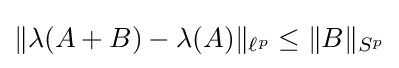
{\textstyle \|\lambda (A+B)-\lambda (A)\|_{\ell ^{p}}\leq \|B\|_{S^{p}}}